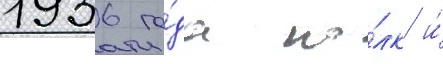
1936 го́да по́лк и́